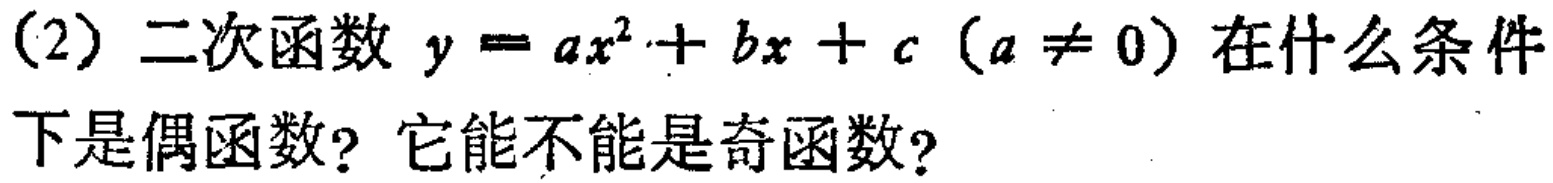
(2) 二次函数 \(y = ax^{2}+bx + c\ (a\neq 0)\) 在什么条件下是偶函数？它能不能是奇函数？